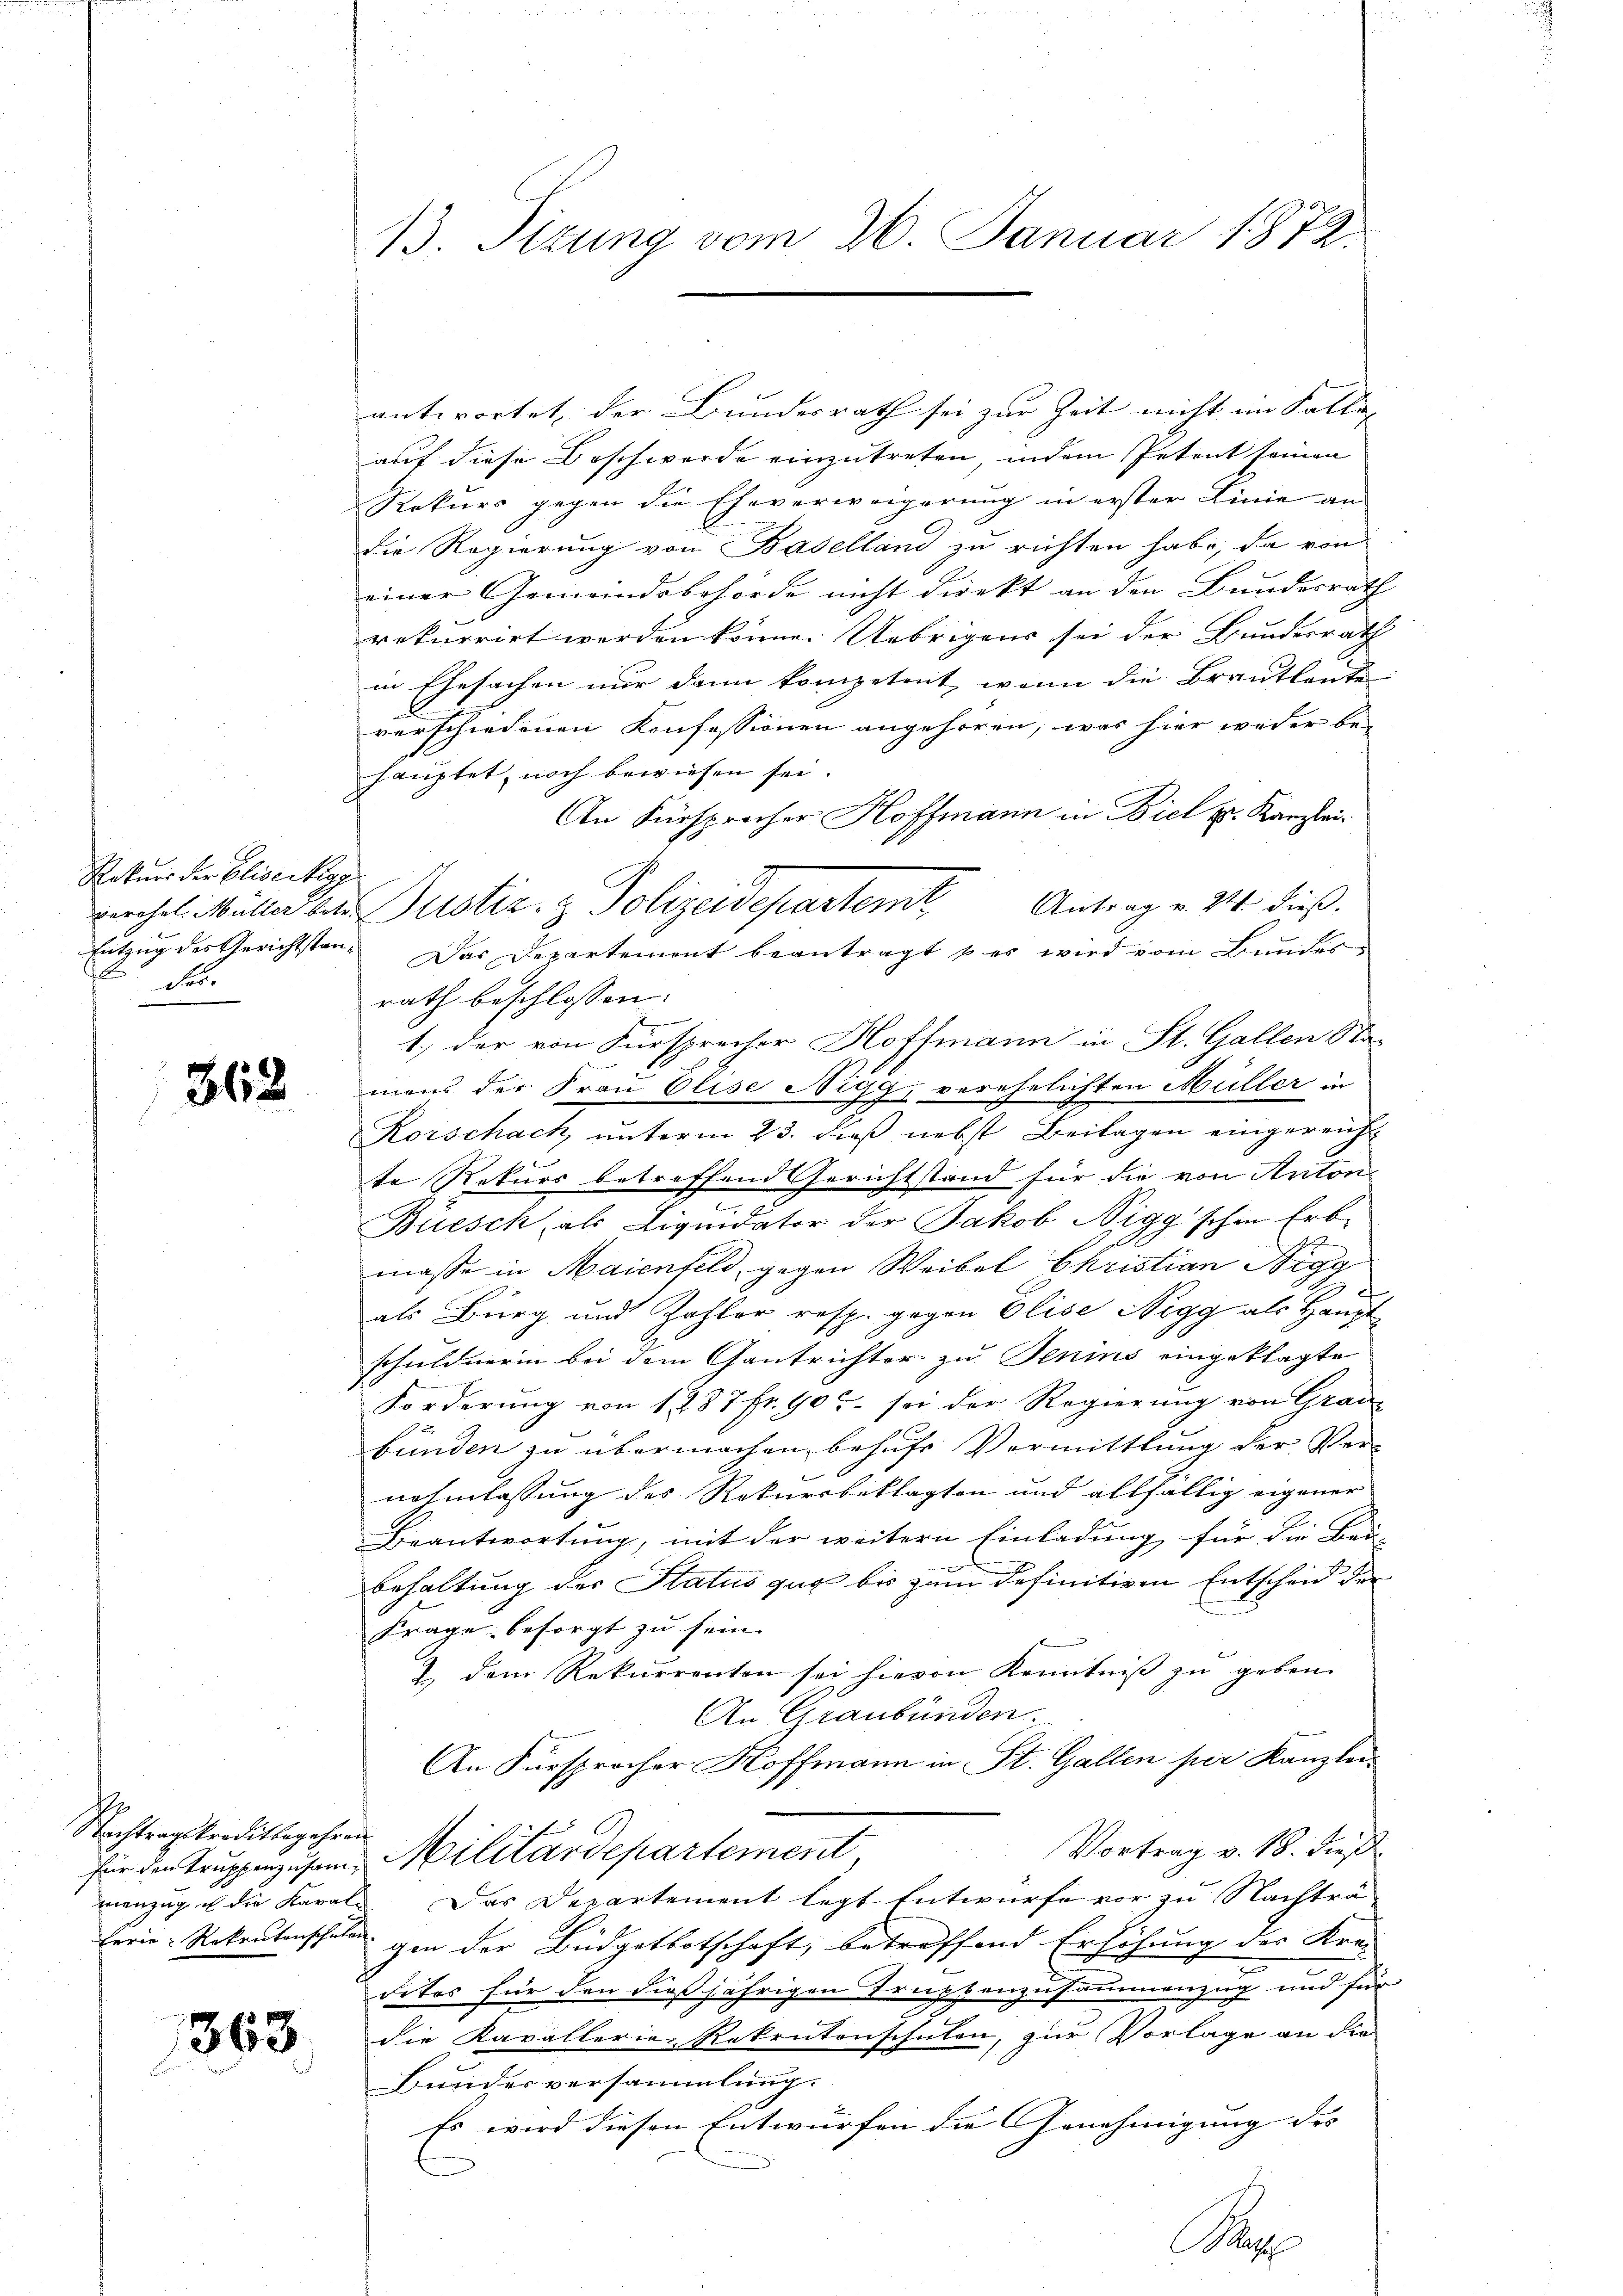
Rekurs der Eliseitigg
E
der.

362

Nachtragskreditbegehren

363

13. Tizung vom 26. Januar 1872.

antwortet, der Bundesrath sei zur Zeit nicht im Fallis
auf diese Beschwerde einzutreten, indem Petent seinen
Rekurs gegen die Eheverweigerung in erster Linie an
die Regierung von Baselland zu richten habe, da von
einer Gemeindsbehörde nicht direkt an den Bundesrath
rekurrirt werden könne. Uebrigens sei der Bundesrath
in Ehesachen nur dann kompetent, wenn die Brautleute
verschiedenen Konfessionen angehören, was hier weder be-
hauptet, noch bewiesen sei.
An Fürsprocher Hoffmann in Biel pr. Kanzlei
Antrag v. 24. dieß.
Berchel Müller der Justiz- & Polizeidepartem
Entzug des Gerichtsten. Das Departement beantragt & es wird vom Bundes
rath beschlossen:
1.) der von Fürsprecher Hoffmann in St. Gallen Sta-
mans der Frau Elise Nigg, verehelichten Müller in
Korschach, unterm 23. dieß nebst Beilagen eingereicht
te Rekurs betreffend Gerichtstand für die von Anton
Büesch, als Liquidator der Jakob Nigg'schen Erbmasse in Maienfeld, gegen Weibel Christian Nigg
als Burg und Zahlor resp. gegen Olise Nigg als Hauptschuldnerin bei dem Gantrichter zu Senins eingeklagte
Forderung von 1287 fr. 90. sei der Regierung von Grau-
bünden zu übermachen, behufs Vormittlung der Ver-
f
nehmlassung des Rekursbeklagten und allfällig eigener
Beantwortung, mit der weitern Einladung für die Bau-
Eehaltung der Status gar bis zum definitiven Entscheid der
Frage besorgt zu sein. |
1. dem Rekurrenten sei hievon Kenntniß zu geben.
An Graubünden.
An Fürsprecher Hoffmann in St. Gallen per Kanzlei¬
Vortrag v. 18. dieß
für den Truppenzusam Militärdepartement,
menzug u die Karale. Das Departement legt Entwurfe vor zu Nachträ
Ferie-Rekrutenschule gen der Büdgetbotschaft, betreffend Erhöhung des Krei
dites für den dießjährigen Truppenzusammenzug und für
die Kavallerien Rekrutonschulen, zur Vorlage an die
Bunderversammlung.
Es wird diesen Entwürfen die Genehmigung des |
B